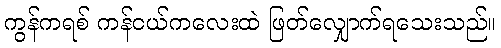
ကွန်ကရစ် ကန်ငယ်ကလေးထဲ ဖြတ်လျှောက်ရသေးသည်။